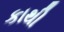
કાથી